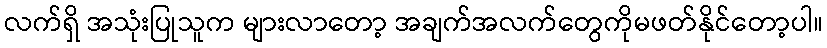
လက်ရှိ အသုံးပြုသူက များလာတော့ အချက်အလက်တွေကိုမဖတ်နိုင်တော့ပါ။